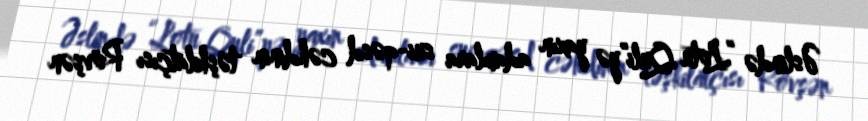
Əslində “Lotu Quli”yə yaxın adamlara sui-qəsd cəhdinin təşkilatçısı Rövşən